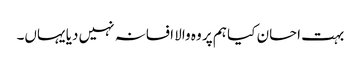
بہت احسان کیا ہم پر وہ والا افسانہ نہیں دیا یہاں۔